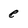
Character: e